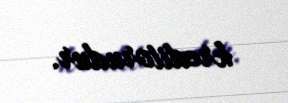
kreditorudur.